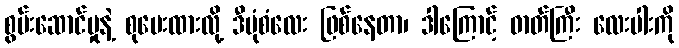
စွမ်းဆောင်မှုနဲ့ စုပေးထားလို့ ဒီပုံစံလေး ဖြစ်နေတာ၊ ဒါကြောင့် ဓာတ်ကြီး လေးပါးကို